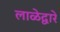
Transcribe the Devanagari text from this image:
लाळेद्वारे